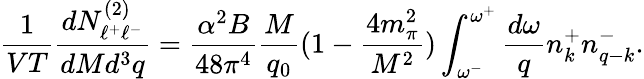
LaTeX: {\frac{1}{VT}}{\frac{dN_{\ell^{+}\ell^{-}}^{(2)}}{dMd^{3}q}}={\frac{\alpha^{2}B}{48\pi^{4}}}{\frac{M}{q_{0}}}(1-{\frac{4m_{\pi}^{2}}{M^{2}}})\int_{\omega^{-}}^{\omega^{+}}{\frac{d\omega}{q}}n_{k}^{+}n_{q-k}^{-}.